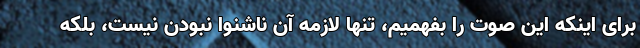
برای اینکه این صوت را بفهمیم، تنها لازمه آن ناشنوا نبودن نیست، بلکه